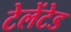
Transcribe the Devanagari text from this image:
टेलेंटेड